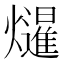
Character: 𭶤